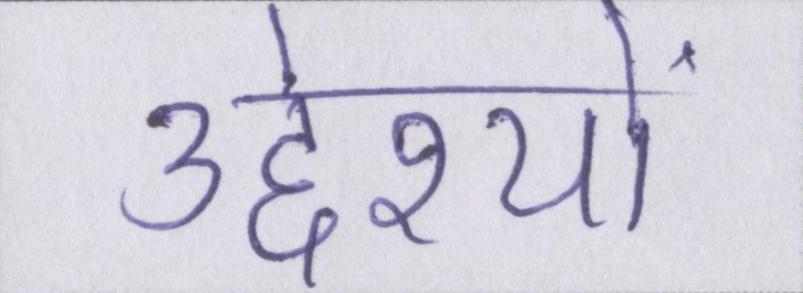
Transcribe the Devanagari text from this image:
उद्देश्यों